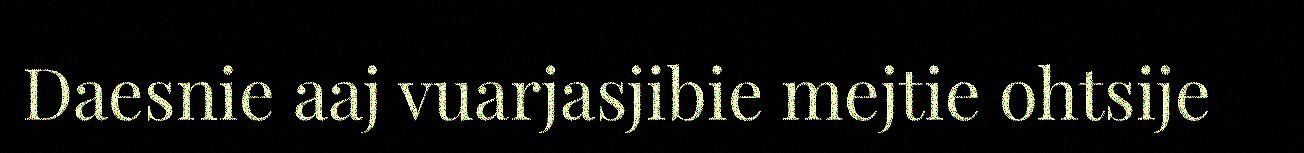
Daesnie aaj vuarjasjibie mejtie ohtsije